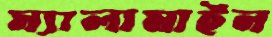
ম্যালামাইন